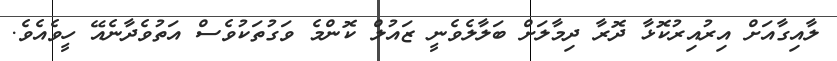
ލާއިގާއަށް އިރުއިރުކޮޅާ ދޮރާ ދިމާލަށް ބަލާލެވެނީ ޒައުލް ކޮންމެ ވަގުތަކުވެސް އަތުވެދާނެއޭ ހީވެއެވެ.